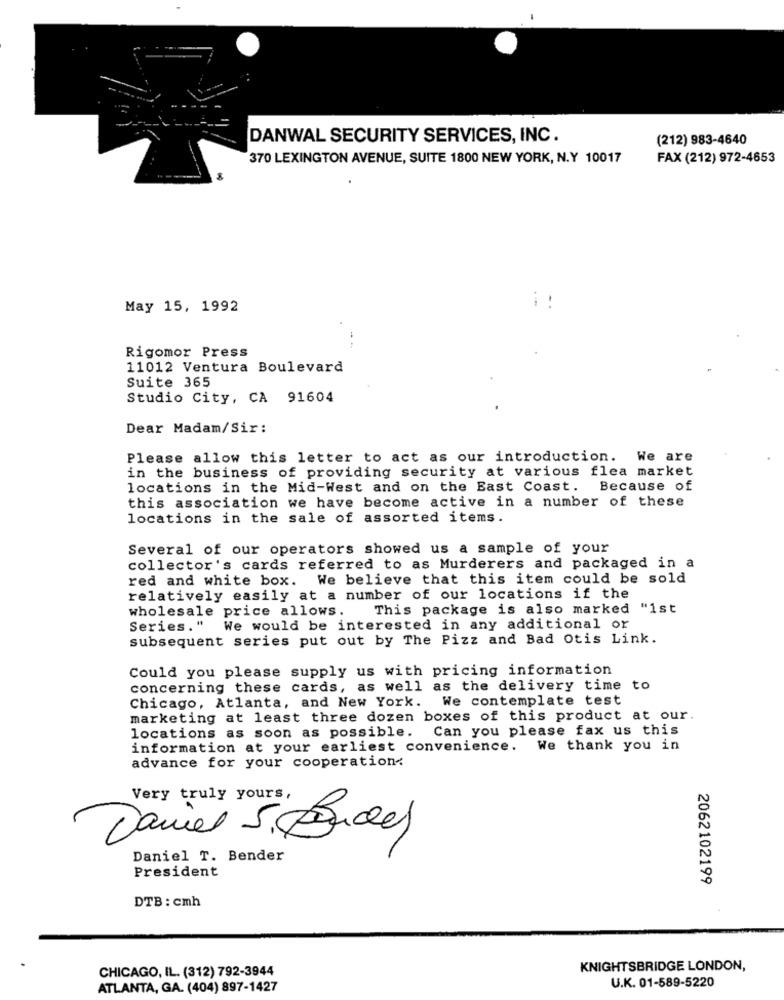
DANWAL SECURITY SERVICES, INC.
(212) 983-4640
370 LEXINGTON AVENUE, SUITE 1800 NEW YORK, N.Y 10017
FAX (212) 972-4653
May 15, 1992
Rigomor Press
11012 Ventura Boulevard
Suite 365
Studio City, CA 91604
Dear Madam/Sir:
Please allow this letter to act as our introduction. We are
in the business of providing security at various flea market
locations in the Mid-West and on the East Coast. Because of
this association we have become active in a number of these
locations in the sale of assorted items.
Several of our operators showed us a sample of your
collector's cards referred to as Murderers and packaged in a
red and white box. We believe that this item could be sold
relatively easily at a number of our locations if the
wholesale price allows.
This package is also marked "ist
Series. "
We would be interested in any additional or
subsequent series put out by The Pizz and Bad Otis Link.
Could you please supply us with pricing information
concerning these cards, as well as the delivery time to
Chicago, Atlanta, and New York. We contemplate test
marketing at least three dozen boxes of this product at our.
locations as soon as possible.
Can you please fax us this
information at your earliest convenience. We thank you in
advance for your cooperation.
Very truly yours,
Daniel S. Bude)
Daniel T. Bender
President
2062102199
DTB : cmh
CHICAGO, IL. (312) 792-3944
KNIGHTSBRIDGE LONDON,
U.K. 01-589-5220
ATLANTA, GA. (404) 897-1427